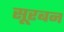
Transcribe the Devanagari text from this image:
सूरबन